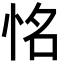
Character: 𢙛